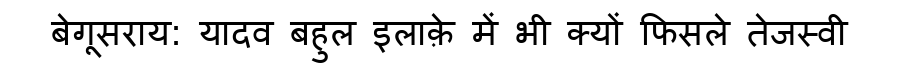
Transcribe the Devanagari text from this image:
बेगूसराय: यादव बहुल इलाक़े में भी क्यों फिसले तेजस्वी